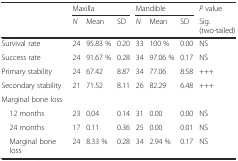
<table><thead><tr><td rowspan="2"></td><td colspan="3"><b>Maxilla</b></td><td colspan="3"><b>Mandible</b></td><td><b><i>P</i> value</b></td></tr><tr><td><b><i>N</i></b></td><td><b>Mean</b></td><td><b>SD</b></td><td><b><i>N</i></b></td><td><b>Mean</b></td><td><b>SD</b></td><td><b>Sig. (two-tailed)</b></td></tr></thead><tbody><tr><td>Survival rate</td><td>24</td><td>95.83 %</td><td>0.20</td><td>33</td><td>100 %</td><td>0.00</td><td>NS</td></tr><tr><td>Success rate</td><td>24</td><td>91.67 %</td><td>0.28</td><td>34</td><td>97.06 %</td><td>0.17</td><td>NS</td></tr><tr><td>Primary stability</td><td>24</td><td>67.42</td><td>8.87</td><td>34</td><td>77.06</td><td>8.58</td><td>+++</td></tr><tr><td>Secondary stability</td><td>21</td><td>71.52</td><td>8.11</td><td>26</td><td>82.29</td><td>6.48</td><td>+++</td></tr><tr><td colspan="8">Marginal bone loss</td></tr><tr><td> 12 months</td><td>23</td><td>0.04</td><td>0.14</td><td>31</td><td>0.00</td><td>0.00</td><td>NS</td></tr><tr><td> 24 months</td><td>17</td><td>0.11</td><td>0.36</td><td>25</td><td>0.00</td><td>0.01</td><td>NS</td></tr><tr><td> Marginal bone loss</td><td>24</td><td>8.33 %</td><td>0.28</td><td>34</td><td>2.94 %</td><td>0.17</td><td>NS</td></tr></tbody></table>